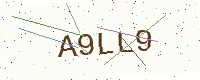
Text: A9LL9